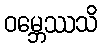
ဝမ္ဘေဿသိ